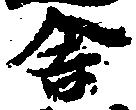
舎